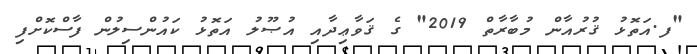
"ފ.އަތޮޅު ޤުރުއާން މުބާރާތް 2019" ގެ ޤަވާޢިދާއި އުޞޫލު އަތޮޅު ކައުންސިލުން ފާސްކޮށްފި